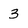
Character: 3